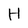
Character: H